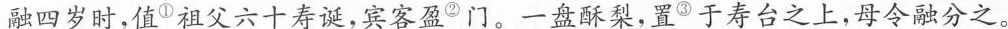
融四岁时，值^{①}祖父六十寿诞，宾客盈^{②}门。一盘酥梨，置^{③}于寿台之上，母令融分之。